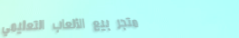
متجر بيع الألعاب التعليمي